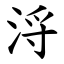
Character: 浖